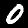
Label: 0